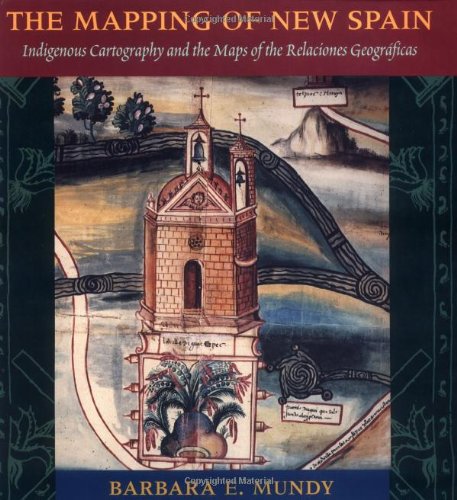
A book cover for The Mapping of New Spain: Indigenous Cartography and the Maps of the Relaciones Geograficas; Barbara E. Mundy; Science & Math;